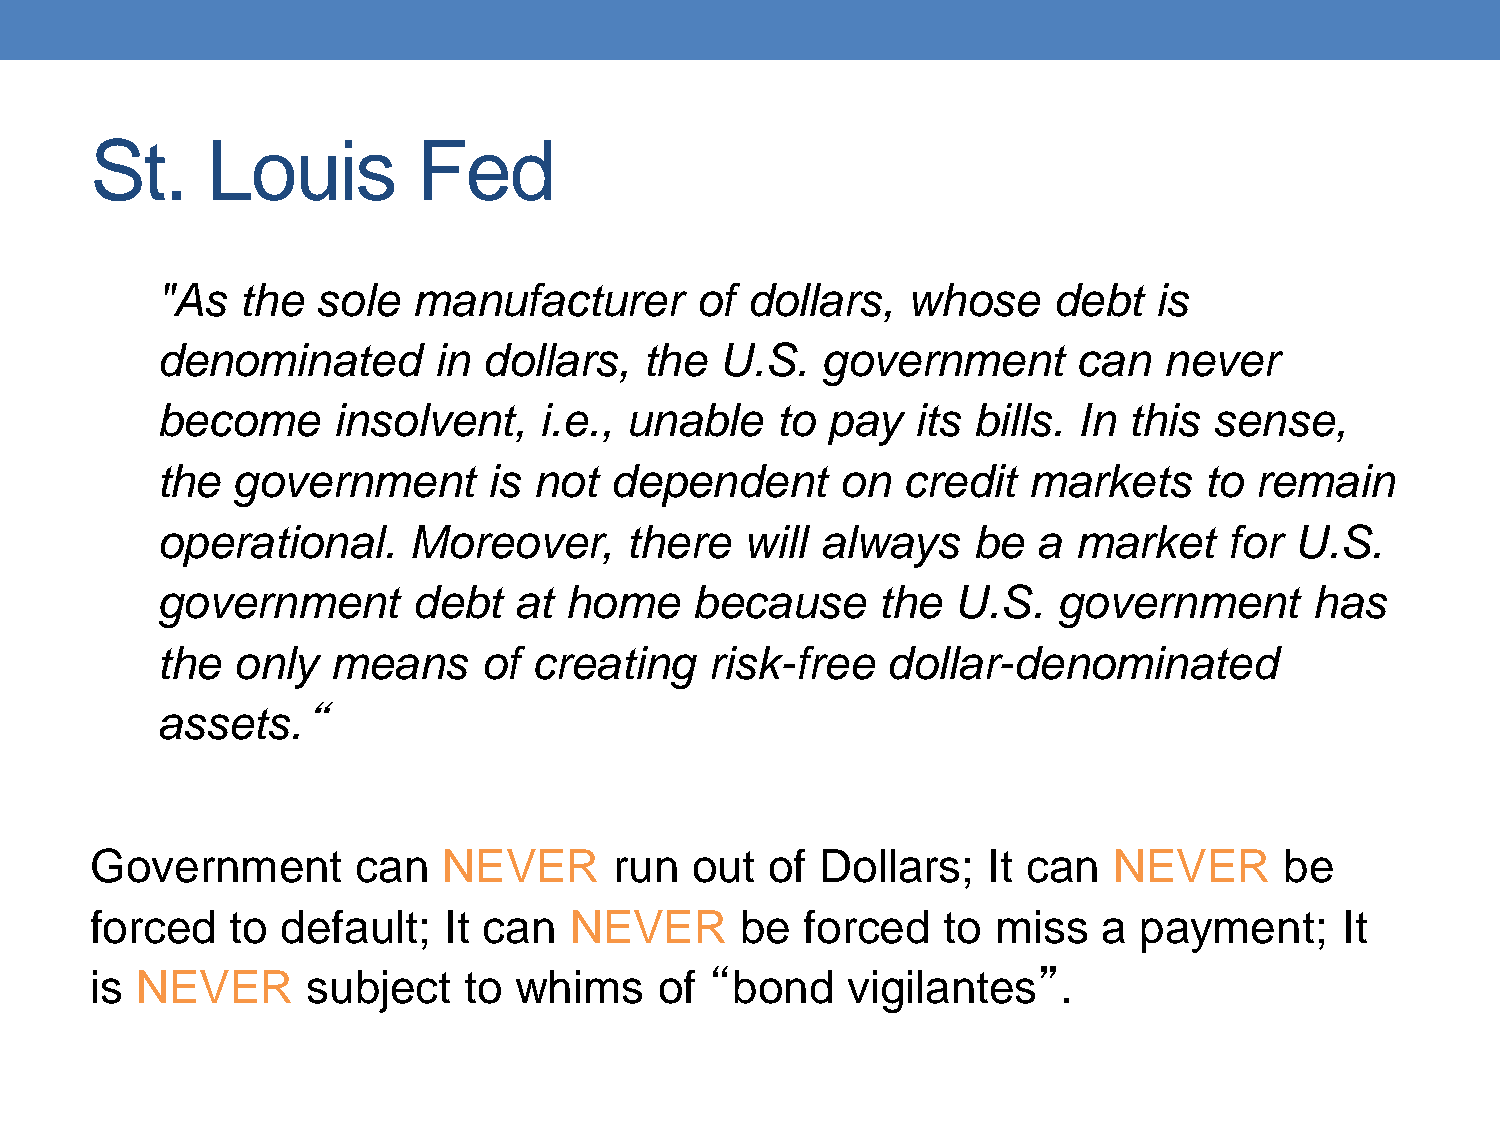
St.     Louis         Fed
 "As   the  sole  manufacturer       of dollars,   whose     debt  is
 denominated        in dollars,   the  U.S.  government       can   never
 become      insolvent,    i.e., unable   to  pay   its bills. In this sense,
 the  government       is not  dependent       on  credit  markets     to remain
 operational.     Moreover,     there   will always    be   a market    for  U.S.
 government       debt   at home     because     the  U.S.   government       has
 the  only   means     of creating    risk-free   dollar-denominated
 assets.“
 Government        can  NEVER       run  out  of Dollars;   It can   NEVER      be
 forced   to  default;  It can   NEVER      be  forced    to miss   a payment;      It
 is NEVER      subject    to whims     of “bond    vigilantes”.